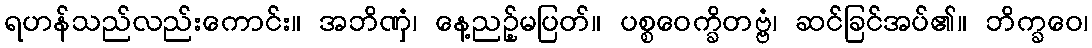
ရဟန်သည်လည်းကောင်း။ အဘိဏှံ၊ နေ့ညဉ့်မပြတ်။ ပစ္စဝေက္ခိတဗ္ဗံ၊ ဆင်ခြင်အပ်၏။ ဘိက္ခဝေ၊